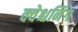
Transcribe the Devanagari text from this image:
क्वेश्चनिंग